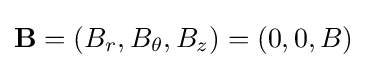
\mathbf {B} =(B_{r},B_{\theta },B_{z})=(0,0,B)